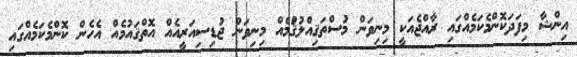
އިންޝާ މިފަދަކޮންމެކަމެއްގައި ރާއްޖެއަކީ މިނިވަން މުސްތަޤިއްލުޤަްުމެއް މިނިވަން ޖުޑިސިއަރީއެއް އޮތްޤައުމެއް އެހެން ކޮންމެކަމެއްގައި